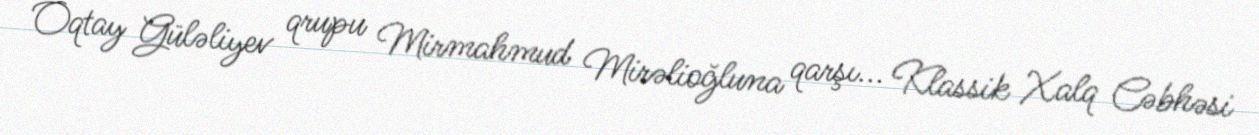
Oqtay Güləliyev qrupu Mirmahmud Mirəlioğluna qarşı... Klassik Xalq Cəbhəsi